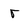
Character: r